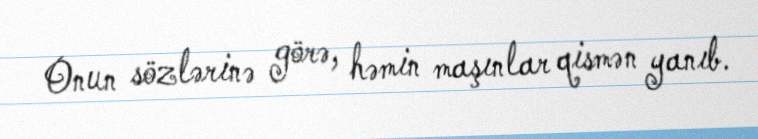
Onun sözlərinə görə, həmin maşınlar qismən yanıb.